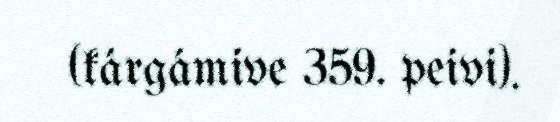
(kárgámive 359. peivi).